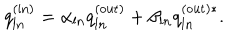
LaTeX: q _ { l n } ^ { \mathrm { ( i n ) } } = \alpha _ { l n } q _ { l n } ^ { \mathrm { ( o u t ) } } + \beta _ { l n } q _ { l n } ^ { \mathrm { ( o u t ) } * } .